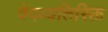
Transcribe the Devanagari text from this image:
वेदव्यतिरिक्त